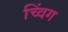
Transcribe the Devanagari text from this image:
च्विंग